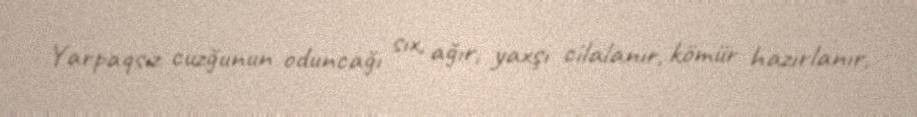
Yarpaqsız cuzğunun oduncağı sıx, ağır, yaxşı cilalanır, kömür hazırlanır,